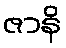
ဇာနိ